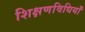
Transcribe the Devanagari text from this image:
शिक्षणविधियाँ